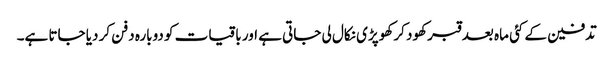
تدفین کے کئی ماہ بعد قبر کھود کر کھوپڑی نکال لی جاتی ہے اور باقیات کو دوبارہ دفن کر دیا جاتا ہے۔